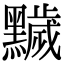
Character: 𪒩